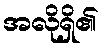
အလိုရှိ၏